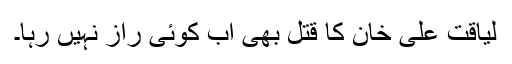
لیاقت علی خان کا قتل بھی اب کوئی راز نہیں رہا۔